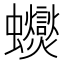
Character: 𲀕